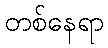
တစ်နေရာ